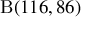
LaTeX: \mathrm { B } ( 1 1 6 , 8 6 )